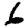
Digit: 6